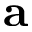
\mathbf { a }